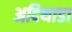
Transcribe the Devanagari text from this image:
अदिथाडा